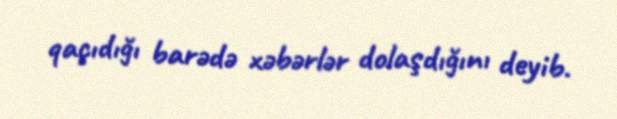
qaçıdığı barədə xəbərlər dolaşdığını deyib.